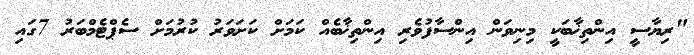
"ރިޔާސީ އިންތިޚާބަކީ މިނިވަން އިންސާފުވެރި އިންތިޚާބެއް ކަމަށް ކަށަވަރު ކުރުމަށް ސެޕްޓެމްބަރު 7ގައި